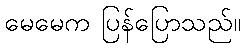
မေမေက ပြန်ပြောသည်။